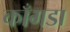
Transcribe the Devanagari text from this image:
काँगडा